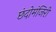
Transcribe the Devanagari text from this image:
छंदोमंजिरी